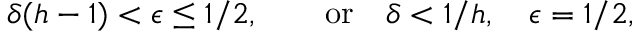
\delta ( h - 1 ) < \epsilon \leq 1 / 2 , \qquad \mathrm { o r } \quad \delta < 1 / h , \quad \epsilon = 1 / 2 ,